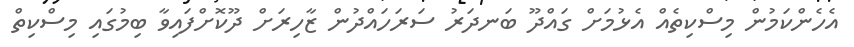
އެހެންކަމުން މިސްކިތެއް އެޅުމަށް ގައްދޫ ބަނދަރު ސަރަހައްދުން ޒާހިރަށް ދޫކޮށްފައިވާ ބިމުގައި މިސްކިތް